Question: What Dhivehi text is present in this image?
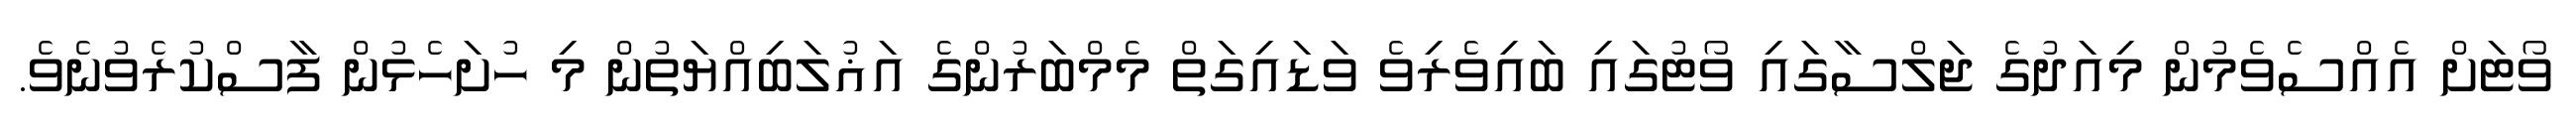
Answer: ވޯޓަށް އެއްސެވެމުން މިއަދުގެ ޖަލްސާގައި ވޯޓުގައި ބައިވެރިވެ ވަޑައިގަތް މެމްބަރުންގެ އަޣުލަބިއްޔަތުން މި ހުށަހެޅުން ފާސްކުރެވުނެވެ.